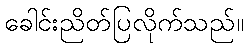
ခေါင်းညိတ်ပြလိုက်သည်။